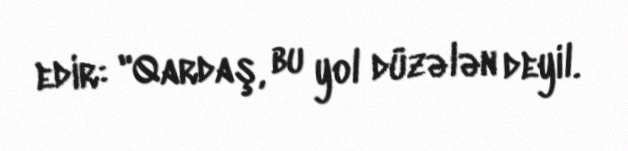
edir: "Qardaş, bu yol düzələn deyil.